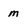
Character: m